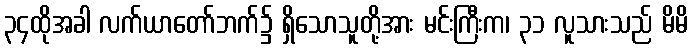
၃၄ထိုအခါ လက်ယာတော်ဘက်၌ ရှိသောသူတို့အား မင်းကြီးက၊ ၃၁ လူသားသည် မိမိ